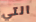
التي